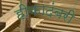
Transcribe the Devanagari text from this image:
हीकादंबरी